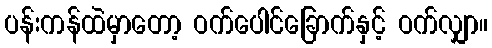
ပန်းကန်ထဲမှာတော့ ဝက်ပေါင်ခြောက်နှင့် ဝက်လျှာ။